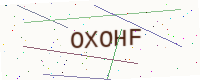
Text: OXOHF